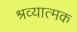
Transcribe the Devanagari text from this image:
श्रव्यात्मक